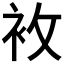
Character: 𧘶